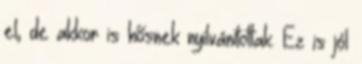
el, de akkor is hősnek nyilvánítottak. Ez is jól